Studies on the mouth parts a Comparative anatomy of the proboscis in the blood-sucking muscidae - Number 60
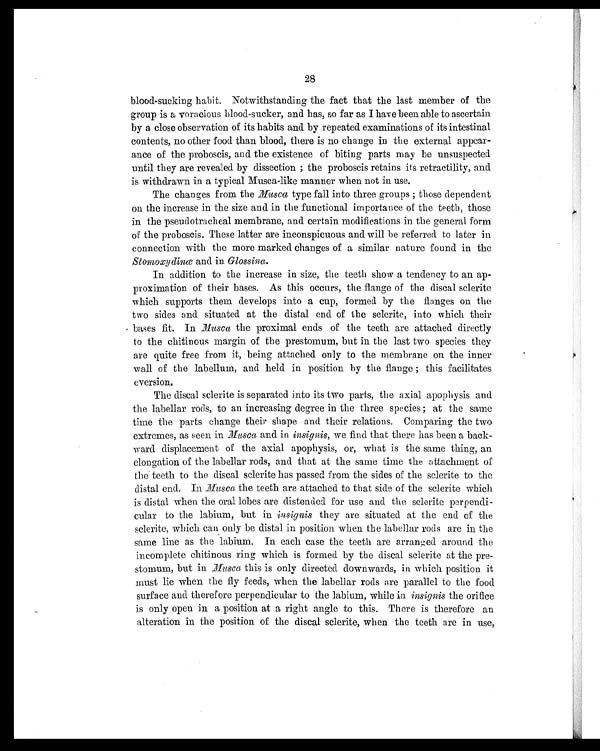
28
blood-sucking habit. Notwithstanding the fact that the last member of the
group is a voracious blood-sucker, and has, so far as I have been able to ascertain
by a close observation of its habits and by repeated examinations of its intestinal
contents, no other food than blood, there is no change in the external appear-
ance of the proboscis, and the existence of biting parts may be unsuspected
until they are revealed by dissection ; the proboscis retains its retractility, and
is withdrawn in a typical Musca-like manner when not in use.
The changes from the Musca type fall into three groups ; those dependent
on the increase in the size and in the functional importance of the teeth, those
in the pseudotracheal membrane, and. certain modifications in the general form
of the proboscis. These latter are inconspicuous and will be referred to later in
connection with the more marked changes of a similar nature found in the
St omoxyclinæ and in. Glossina.
In addition to the increase in size, the teeth show a tendency to an ap-
proximation of their bases. As this occurs, the flange of the discal sclerite
which supports them develops into a cup, formed by the flanges on the
two sides and situated at the distal end of the sclerite, into which their
'bases fit. In Musca the proximal ends of the teeth are attached directly
to the chitinous margin of the prestomum, but in the last two species they
are quite free from it, being attached only to the membrane on the inner
wall of the labellum, and held in position by the flange ; this facilitates
eversion.
The discal sclerite is separated into its two parts, the axial apophysis and
the labellar rods, to an increasing degree in the three species ; at the same
time the parts change their shape and their relations. Comparing the two
extremes, as seen in Musca and in insignis, we find that there has been a back-
ward displacement of the axial apophysis, or, what is the same thing, an
elongation of the labellar rods, and that at the same time the attachment of
the teeth to the discal sclerite has passed from the sides of the sclerite to the
distal end. In Musca the teeth are attached to that side of the sclerite which
is distal when the oral lobes are distended for use and the sclerite perpendi-
cular to the labium, but insignis they are situated at the end of the
sclerite, which can only be distal in position when the labellar rods are in the
same line as the labium. In each case the teeth are arranged around the
incomplete chitinous ring which is formed by the discal sclerite at the pre-
stomum, but in Musca this is only directed downwards, in which position it
must lie when the fly feeds, when the labellar rods are parallel to the food
surface and therefore perpendicular to the labium, while in. insignis the orifice
is only open in a position at a right angle to this. There is therefore an
alteration in the position of the discal sclerite, when the teeth are in use,